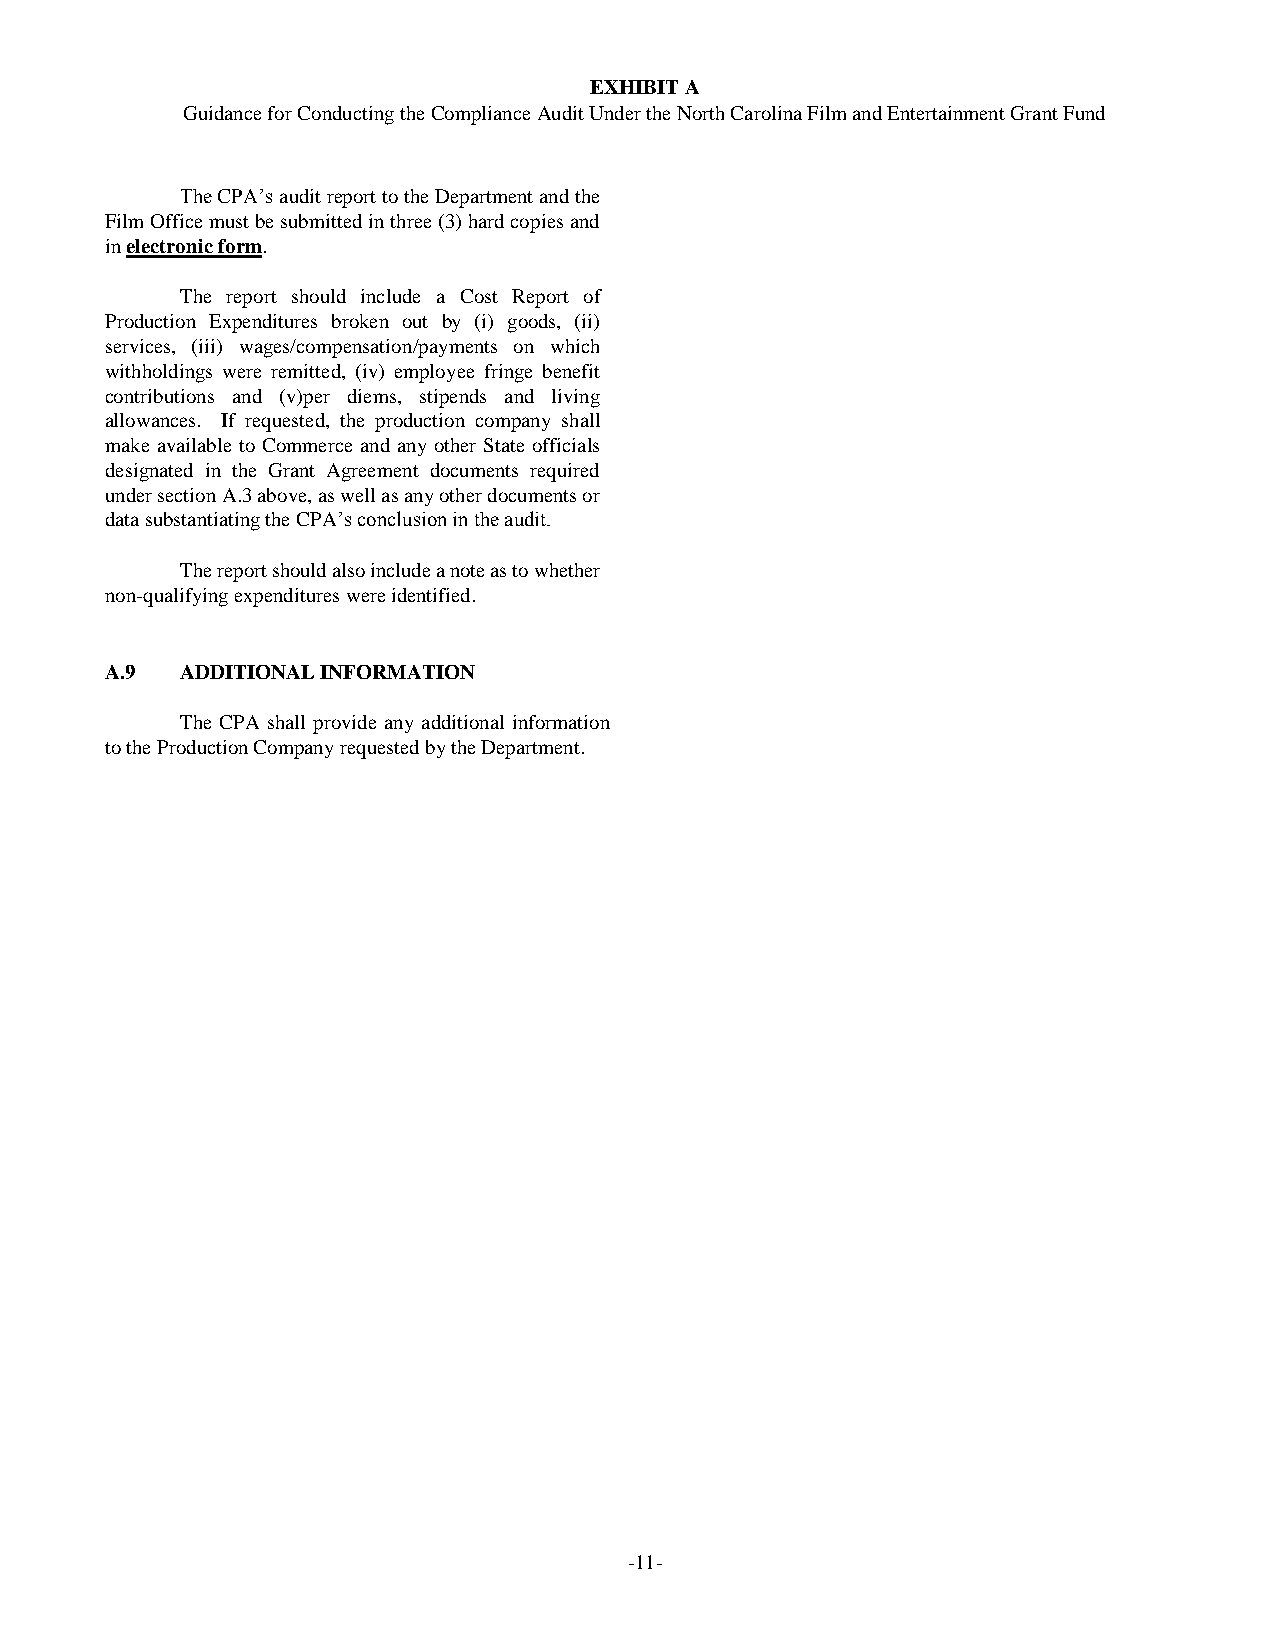
EXHIBIT A
 Guidance for Conducting the Compliance Audit Under the North Carolina Film and Entertainment Grant Fund
 The CPA’s audit report to the Department and the
 Film Office must be submitted in three (3) hard copies and
 in electronic form.
 The report should include a Cost Report of
 Production Expenditures broken out by (i) goods, (ii)
 services, (iii) wages/compensation/payments on which
 withholdings were remitted, (iv) employee fringe benefit
 contributions and (v)per diems, stipends and living
 allowances. If requested, the production company shall
 make available to Commerce and any other State officials
 designated in the Grant Agreement documents required
 under section A.3 above, as well as any other documents or
 data substantiating the CPA’s conclusion in the audit.
 The report should also include a note as to whether
 non-qualifying expenditures were identified.
 A.9  ADDITIONAL INFORMATION
 The CPA shall provide any additional information
 to the Production Company requested by the Department.
 -11-